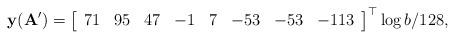
LaTeX: \begin{align*}\mathbf{y}(\mathbf{A'}) = \left[\begin{array}{cccccccc} 71 & 95 & 47 & -1 & 7 & -53 & -53 & -113 \\\end{array}\right]^\top \log b / 128,\end{align*}